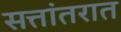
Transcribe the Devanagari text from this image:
सत्तांतरात